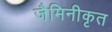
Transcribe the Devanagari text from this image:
जैमिनीकृत